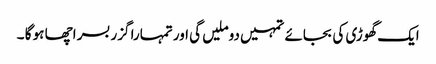
ایک گھوڑی کی بجائے تمہیں دوملیں گی اور تمہارا گزر بسر اچھا ہو گا ۔